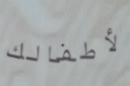
لأطفالك